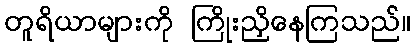
တူရိယာများကို ကြိုးညှိနေကြသည်။